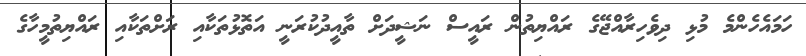
ހަމައެހެންމެ މުޅި ދިވެހިރާއްޖޭގެ ރައްޔިތުން ރައީސް ނަޝީދަށް ތާއީދުކުރަނީ އަތޮޅުތަކާއި ރަށްތަކާއި ރައްޔިތުމީހާގެ